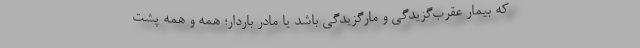
که بیمار عقرب‌گزیدگی و مارگزیدگی باشد یا مادر باردار؛ همه و همه پشت